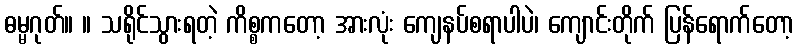
ဓမ္မဂုတ်။ ။ သရိုင်သွားရတဲ့ ကိစ္စကတော့ အားလုံး ကျေနပ်စရာပါပဲ၊ ကျောင်းတိုက် ပြန်ရောက်တော့